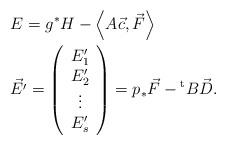
LaTeX: \begin{align*}&E=g^{*}H-\left<A \vec{c}, \vec{F}\right>\\& \vec{{E'}}=\left( \begin{array}{c}E_{1}'\\E_{2}'\\\vdots \\E_{s}'\end{array}\right)={p}_{*} \vec{F}-{}^{\rm t}B \vec{D}.\end{align*}